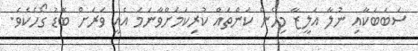
ސަބަބަކާއި ނުލާ އަލީޒާ މިހެން ކަންތައް ކުރިކަމަށްވާނަމަ އެއީ ވަރަށް ބޮޑު ގޯހެކެވެ.